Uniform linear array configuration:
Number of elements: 4
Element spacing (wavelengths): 0.25
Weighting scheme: binomial
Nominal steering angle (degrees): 45
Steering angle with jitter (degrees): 43.302
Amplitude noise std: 0.05
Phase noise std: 0.05

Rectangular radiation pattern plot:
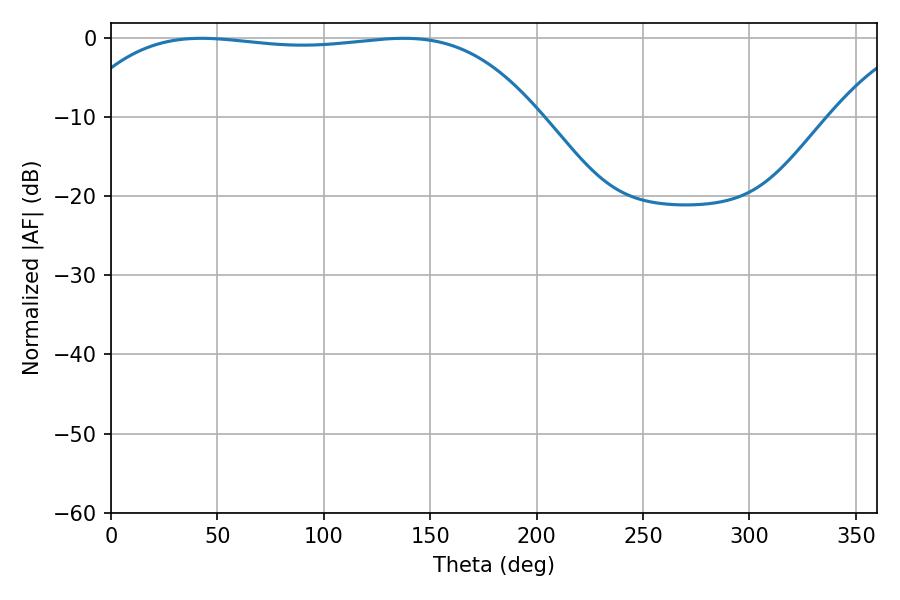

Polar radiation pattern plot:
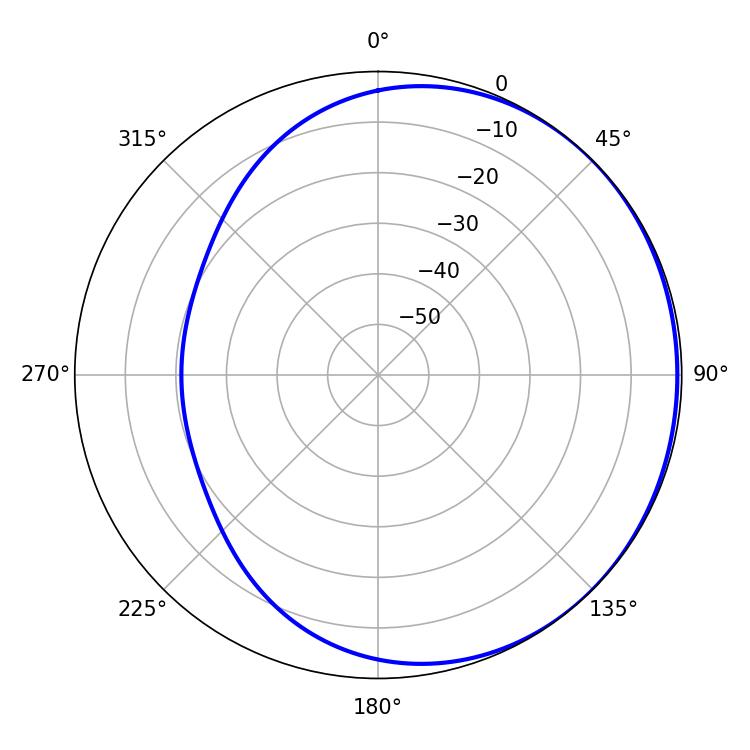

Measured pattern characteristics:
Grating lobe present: FALSE
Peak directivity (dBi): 0.6484
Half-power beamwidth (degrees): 172.08
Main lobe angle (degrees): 42.48